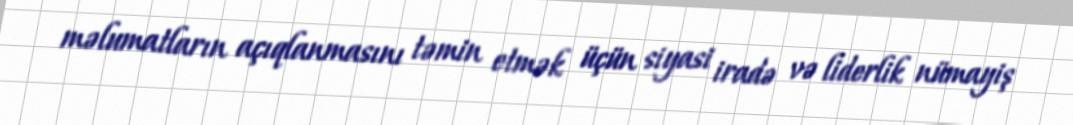
məlumatların açıqlanmasını təmin etmək üçün siyasi iradə və liderlik nümayiş